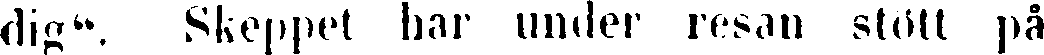
dig''. Skeppet har under resan stött på